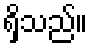
ရှိသည်။